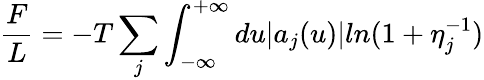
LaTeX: \frac{F}{L}=-T\sum_{j}\int_{-\infty}^{+\infty}du|a_{j}(u)|ln(1+\eta_{j}^{-1})